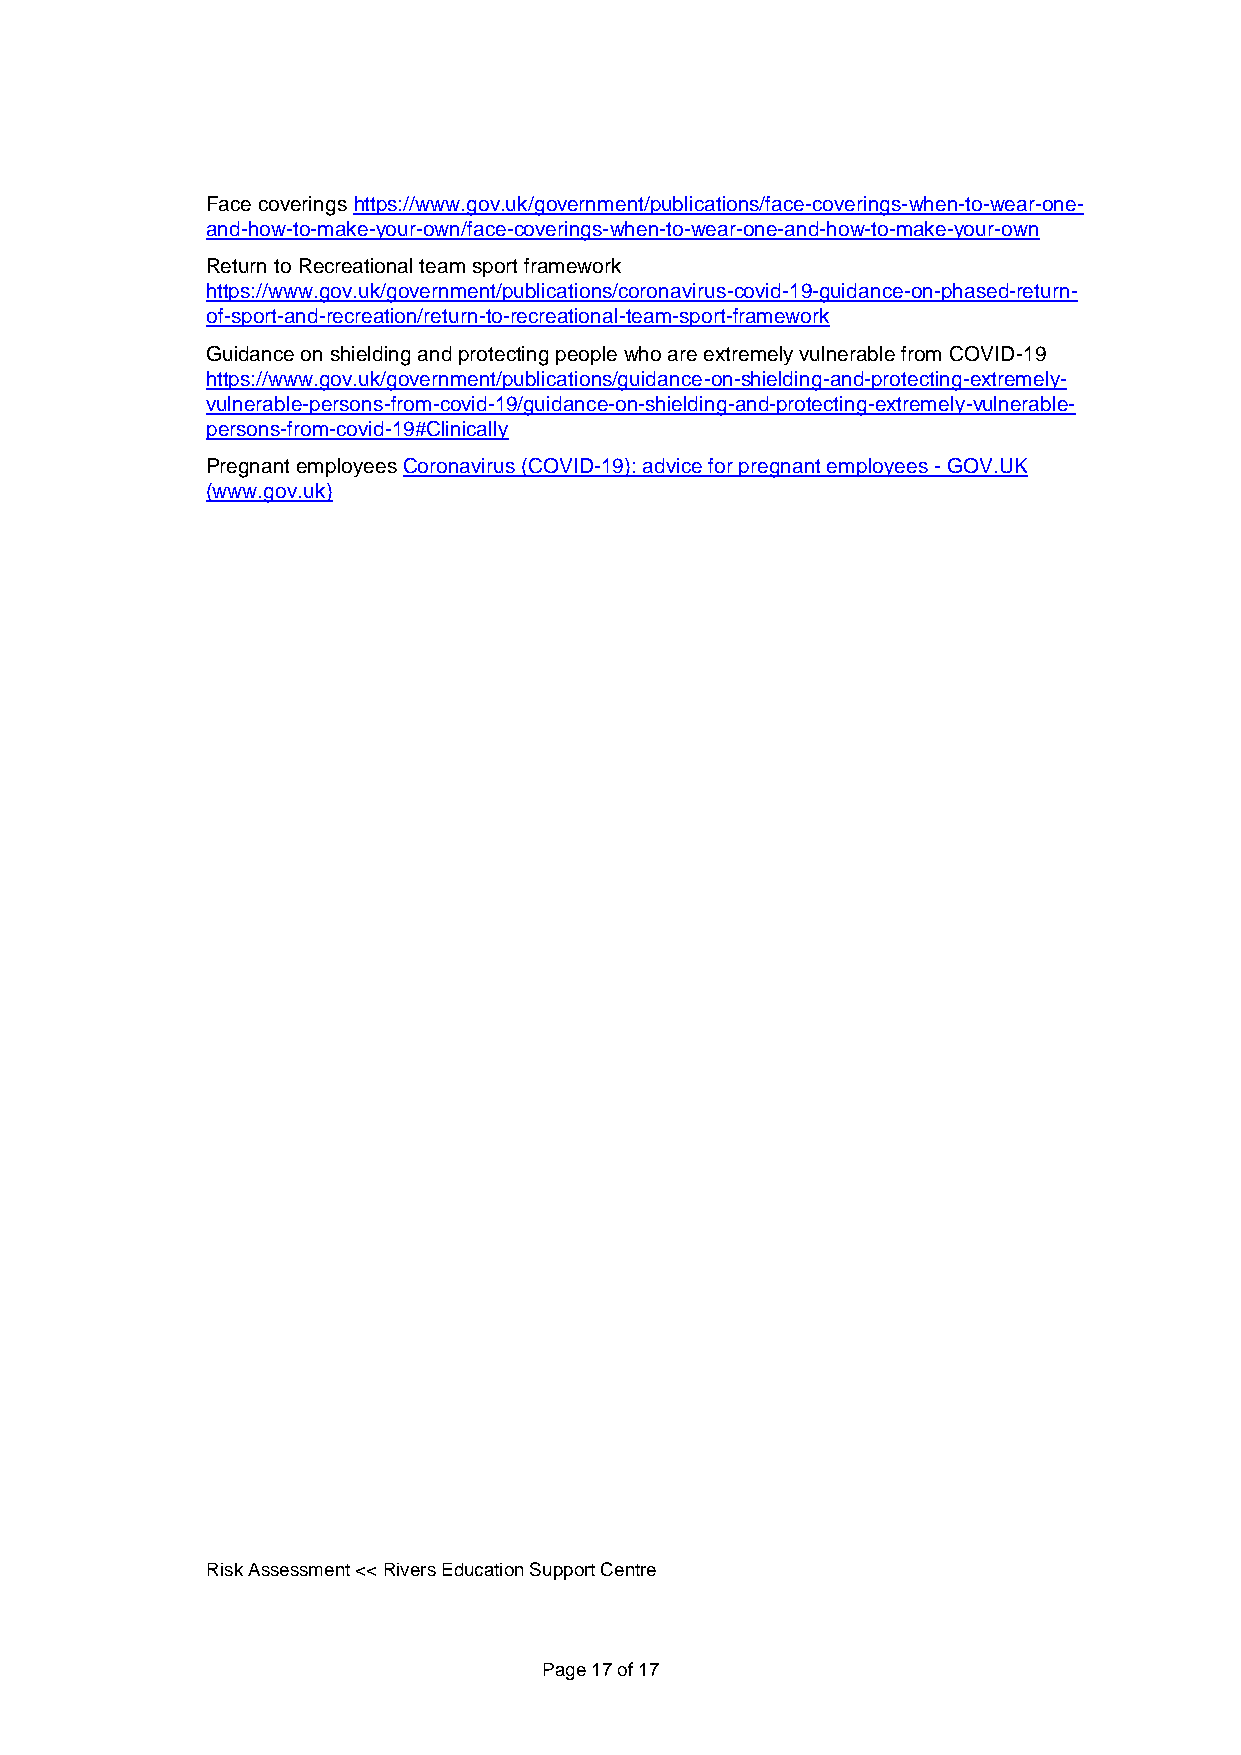
Face coverings https://www.gov.uk/government/publications/face-coverings-when-to-wear-one-
 and-how-to-make-your-own/face-coverings-when-to-wear-one-and-how-to-make-your-own
 Return to Recreational team sport framework
 https://www.gov.uk/government/publications/coronavirus-covid-19-guidance-on-phased-return-
 of-sport-and-recreation/return-to-recreational-team-sport-framework
 Guidance on shielding and protecting people who are extremely vulnerable from COVID-19
 https://www.gov.uk/government/publications/guidance-on-shielding-and-protecting-extremely-
 vulnerable-persons-from-covid-19/guidance-on-shielding-and-protecting-extremely-vulnerable-
 persons-from-covid-19#Clinically
 Pregnant employees Coronavirus (COVID-19): advice for pregnant employees - GOV.UK
 (www.gov.uk)
 Risk Assessment << Rivers Education Support Centre
 Page 17 of 17